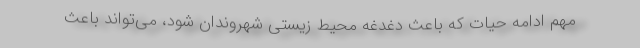
مهم ادامه حیات که باعث دغدغه محیط زیستی شهروندان شود، می‌تواند باعث